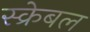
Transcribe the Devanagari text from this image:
स्क्रेबल